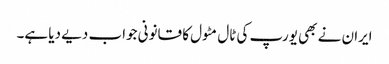
ایران نے بھی یورپ کی ٹال مٹول کا قانونی جواب دیے دیا ہے۔